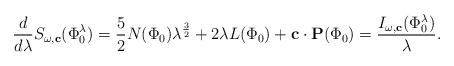
LaTeX: \begin{align*}\frac{d}{d\lambda}S_{\omega,\mathbf{c}}(\Phi_0^{\lambda})=\frac{5}{2}N(\Phi_0)\lambda^{\frac{3}{2}}+2\lambda L(\Phi_0)+\mathbf{c}\cdot \mathbf{P}(\Phi_0)=\frac{I_{\omega,\mathbf{c}}(\Phi_0^{\lambda})}{\lambda}. \end{align*}